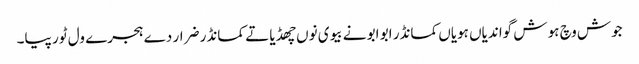
جوش وچ ہو ش گواندیاں ہویاں کمانڈر ابو ابو نے بیوی نوں چھڈیا تے کمانڈر ضرار دے ہجرے ول ٹور پیا۔